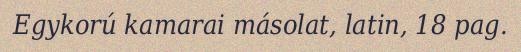
Egykorú kamarai másolat, latin, 18 pag.